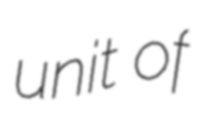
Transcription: unit of